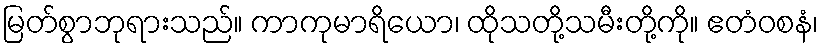
မြတ်စွာဘုရားသည်။ ကာကုမာရိယော၊ ထိုသတို့သမီးတို့ကို။ ဧတံဝစနံ၊